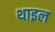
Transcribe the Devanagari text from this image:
थाइल